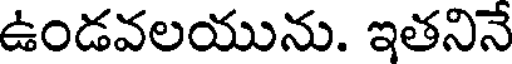
ఉండవలయును. ఇతనినే